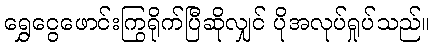
ရွှေငွေဖောင်းကြွရိုက်ပြီဆိုလျှင် ပိုအလုပ်ရှုပ်သည်။